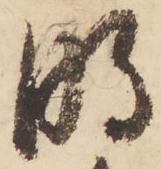
明